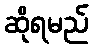
ဆိုရမည်